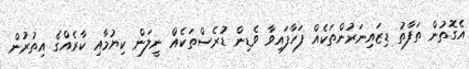
އެގޮތުން ތަފާތު ޑިޒައިނަރުންތަކެއް ފަހާފައިވާ ވެޑިން ޑުރެސްތަކެއް ނީލަން ކިޔުމާއި ކާރެއްގެ އިތުރުން